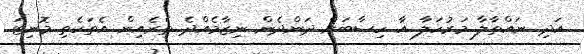
އަދި ނައްތާލާ މަރުހަލާ އާ ހިސާބަށް ދަންދެން ނިޒާމެއްދެ ތެރެއިން އެތަކެތި މޮނިޓަ